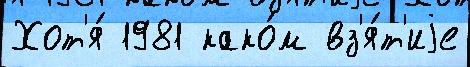
Хот'я́ 1981 како́м вз'я́т'иjе